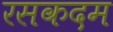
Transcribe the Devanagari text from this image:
रसकदम